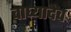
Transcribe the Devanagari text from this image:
वाघ्यादेव